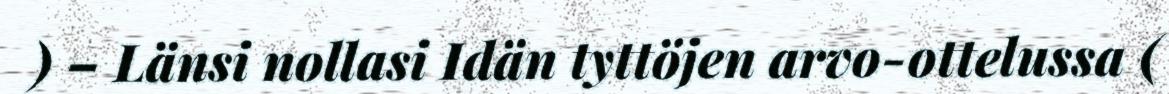
) – Länsi nollasi Idän tyttöjen arvo-ottelussa (